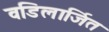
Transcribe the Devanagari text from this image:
वडिलार्जित